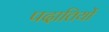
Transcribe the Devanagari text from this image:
पदातियों